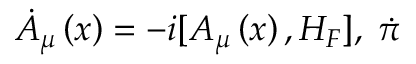
\dot { A } _ { \mu } \left( x \right) = - i [ A _ { \mu } \left( x \right) , H _ { F } ] , \; \dot { \pi }